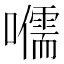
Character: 𡃽